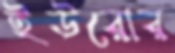
ইউরোর